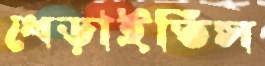
ধেড়াইতিস